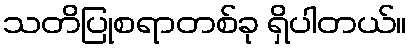
သတိပြုစရာတစ်ခု ရှိပါတယ်။